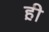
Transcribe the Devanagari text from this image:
ह़ी